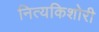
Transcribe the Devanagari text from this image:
नित्यकिशोरी